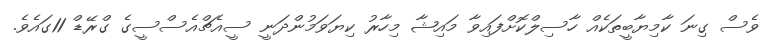
ވެސް ގިނަ ކާމިޔާބީތަކެއް ހާސިލްކޮށްފައިވާ މައިޝާ މިހާރު ކިޔަވަމުންދަނީ ސީއެޗްއެސްސީގެ ގްރޭޑް 11ގައެވެ.